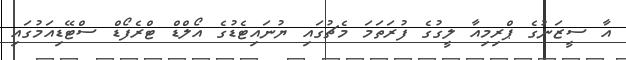
އާ ސީޒަނުގެ ޕްރިމިއާ ލީގުގެ ފުރަތަމަ މެޗުގައި ޔުނައިޓެޑުގެ އޯލްޑް ޓްރެފޯޑް ސްޓޭޑިއަމުގައި